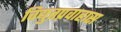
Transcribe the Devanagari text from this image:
विद्युतप्रवाहास